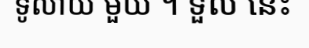
ទូលាយ មួយ ។ ទួល នេះ